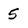
Character: 5